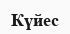
Күйес